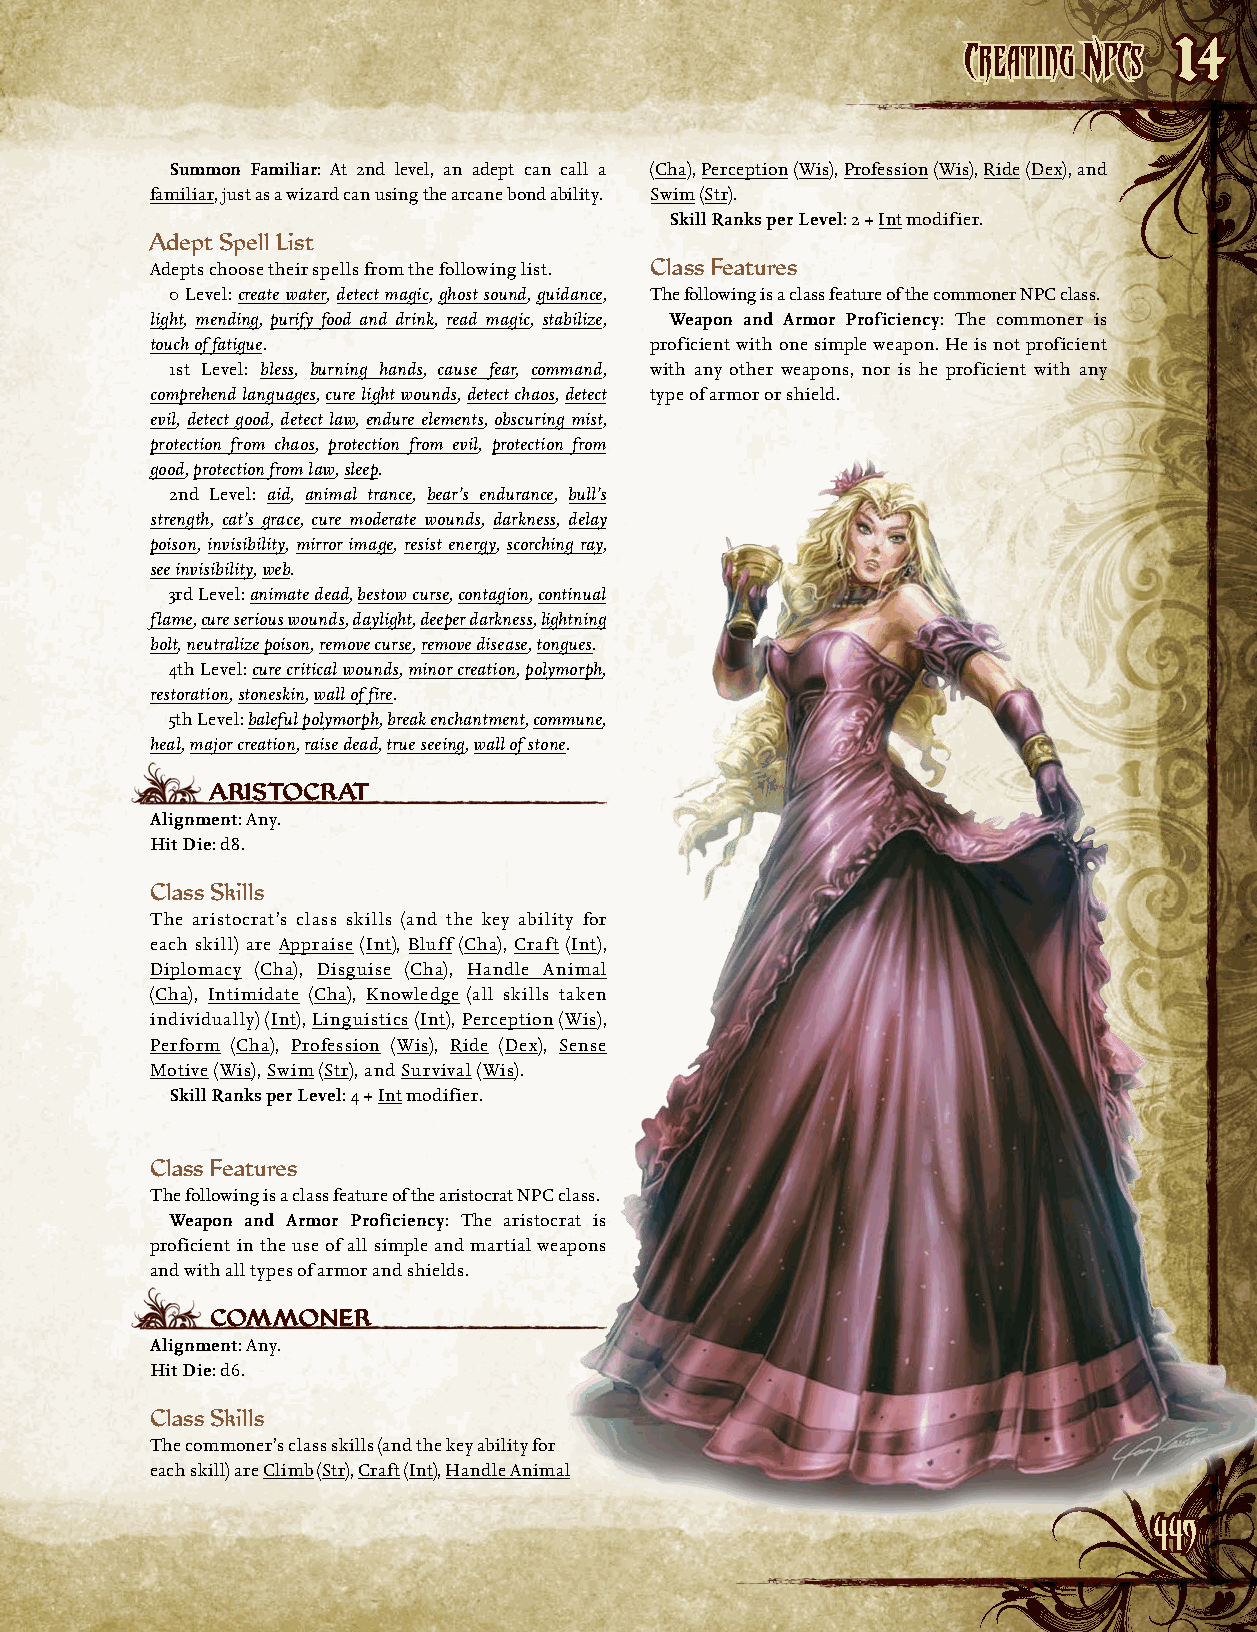
CCrreeaattiinngg NNPPCCss
 14
 Summon Familiar: At 2nd level, an adept can call a (Cha), Perception (Wis), Profession (Wis), Ride (Dex), and
 familiar, just as a wizard can using the arcane bond ability. Swim (Str).
 Skill Ranks per Level: 2 + Int modifier.
 Adept Spell List
 Adepts choose their spells from the following list. Class Features
 0 Level: create water, detect magic, ghost sound, guidance, The following is a class feature of the commoner NPC class.
 light, mending, purify food and drink, read magic, stabilize, Weapon and Armor Proficiency: The commoner is
 touch of fatigue.                proficient with one simple weapon. He is not proficient
 1st Level: bless, burning hands, cause fear, command, with any other weapons, nor is he proficient with any
 comprehend languages, cure light wounds, detect chaos, detect type of armor or shield.
 evil, detect good, detect law, endure elements, obscuring mist,
 protection from chaos, protection from evil, protection from
 good, protection from law, sleep.
 2nd Level: aid, animal trance, bear’s endurance, bull’s
 strength, cat’s grace, cure moderate wounds, darkness, delay
 poison, invisibility, mirror image, resist energy, scorching ray,
 see invisibility, web.
 3rd Level: animate dead, bestow curse, contagion, continual
 flame, cure serious wounds, daylight, deeper darkness, lightning
 bolt, neutralize poison, remove curse, remove disease, tongues.
 4th Level: cure critical wounds, minor creation, polymorph,
 restoration, stoneskin, wall of fire.
 5th Level: baleful polymorph, break enchantment, commune,
 heal, major creation, raise dead, true seeing, wall of stone.
 AristOCrAt
 Alignment: Any.
 Hit Die: d8.
 Class Skills
 The aristocrat’s class skills (and the key ability for
 each skill) are Appraise (Int), Bluff (Cha), Craft (Int),
 Diplomacy (Cha), Disguise (Cha), Handle Animal
 (Cha), Intimidate (Cha), Knowledge (all skills taken
 individually) (Int), Linguistics (Int), Perception (Wis),
 Perform (Cha), Profession (Wis), Ride (Dex), Sense
 Motive (Wis), Swim (Str), and Survival (Wis).
 Skill Ranks per Level: 4 + Int modifier.
 Class Features
 The following is a class feature of the aristocrat NPC class.
 Weapon and Armor Proficiency: The aristocrat is
 proficient in the use of all simple and martial weapons
 and with all types of armor and shields.
 COmmONer
 Alignment: Any.
 Hit Die: d6.
 Class Skills
 The commoner’s class skills (and the key ability for
 each skill) are Climb (Str), Craft (Int), Handle Animal
 444499